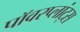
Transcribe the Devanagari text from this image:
पॉवरप्लांट्स